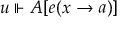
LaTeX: u \Vdash A [ e ( x \to a ) ]